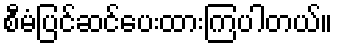
စီမံပြင်ဆင်ပေးထားကြပါတယ်။